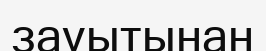
зауытынан